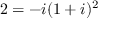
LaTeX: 2 = - i ( 1 + i ) ^ { 2 }